Document type: Barter
Year: 1304
Scribe: Pere Pometa
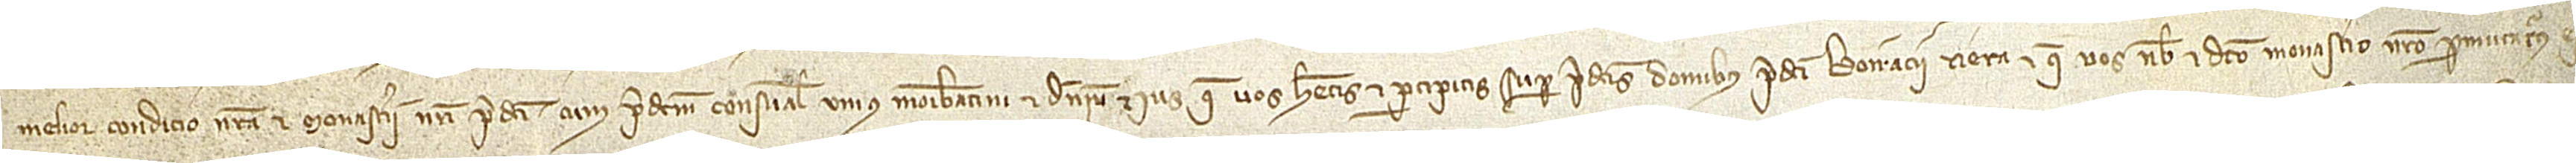
melior condicio nostra et monasterii nostri predicti cum predictum censuale unius morabatini et dominium et ius que vos habetis et percipitis super predictis domibus predicti Borracii Riera et que vos nobis et dicto monasterio nostro permutaturus estis